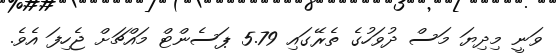
ވަނީ މިދިޔަ މަސް ދުވަހުގެ ތެރޭގައި 5.79 ޕަސެންޓް މައްޗަށް ޖެހިފަ އެވެ.